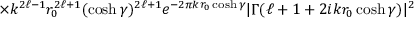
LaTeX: \times k ^ { 2 \ell - 1 } r _ { 0 } ^ { 2 \ell + 1 } ( \cosh \gamma ) ^ { 2 \ell + 1 } e ^ { - 2 \pi k r _ { 0 } \cosh \gamma } | \Gamma ( \ell + 1 + 2 i k r _ { 0 } \cosh \gamma ) | ^ { 2 }